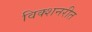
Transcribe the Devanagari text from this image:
विक्शनरीत